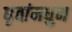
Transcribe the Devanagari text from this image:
धृवांमधुन